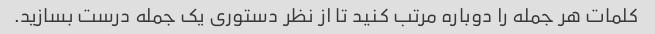
کلمات هر جمله را دوباره مرتب کنید تا از نظر دستوری یک جمله درست بسازید.